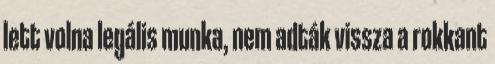
lett volna legális munka, nem adták vissza a rokkant